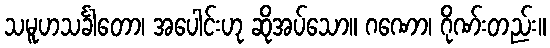
သမူဟသင်္ခါတော၊ အပေါင်းဟု ဆိုအပ်သော။ ဂဏော၊ ဂိုဏ်းတည်း။